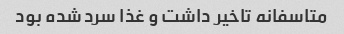
متاسفانه تاخیر داشت و غذا سرد شده بود